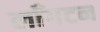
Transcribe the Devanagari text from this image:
लाँगटन